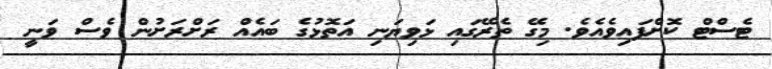
ޓެސްޓް ކޮށްފައިވެއެވެ. މިގޭ ތެރޭގައި ޅަވިޔަނި އަތޮޅުގެ ބައެއް ރަށްރަށުން ވެސް ވަނީ